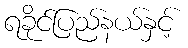
ရခိုင်ပြည်နယ်နှင့်